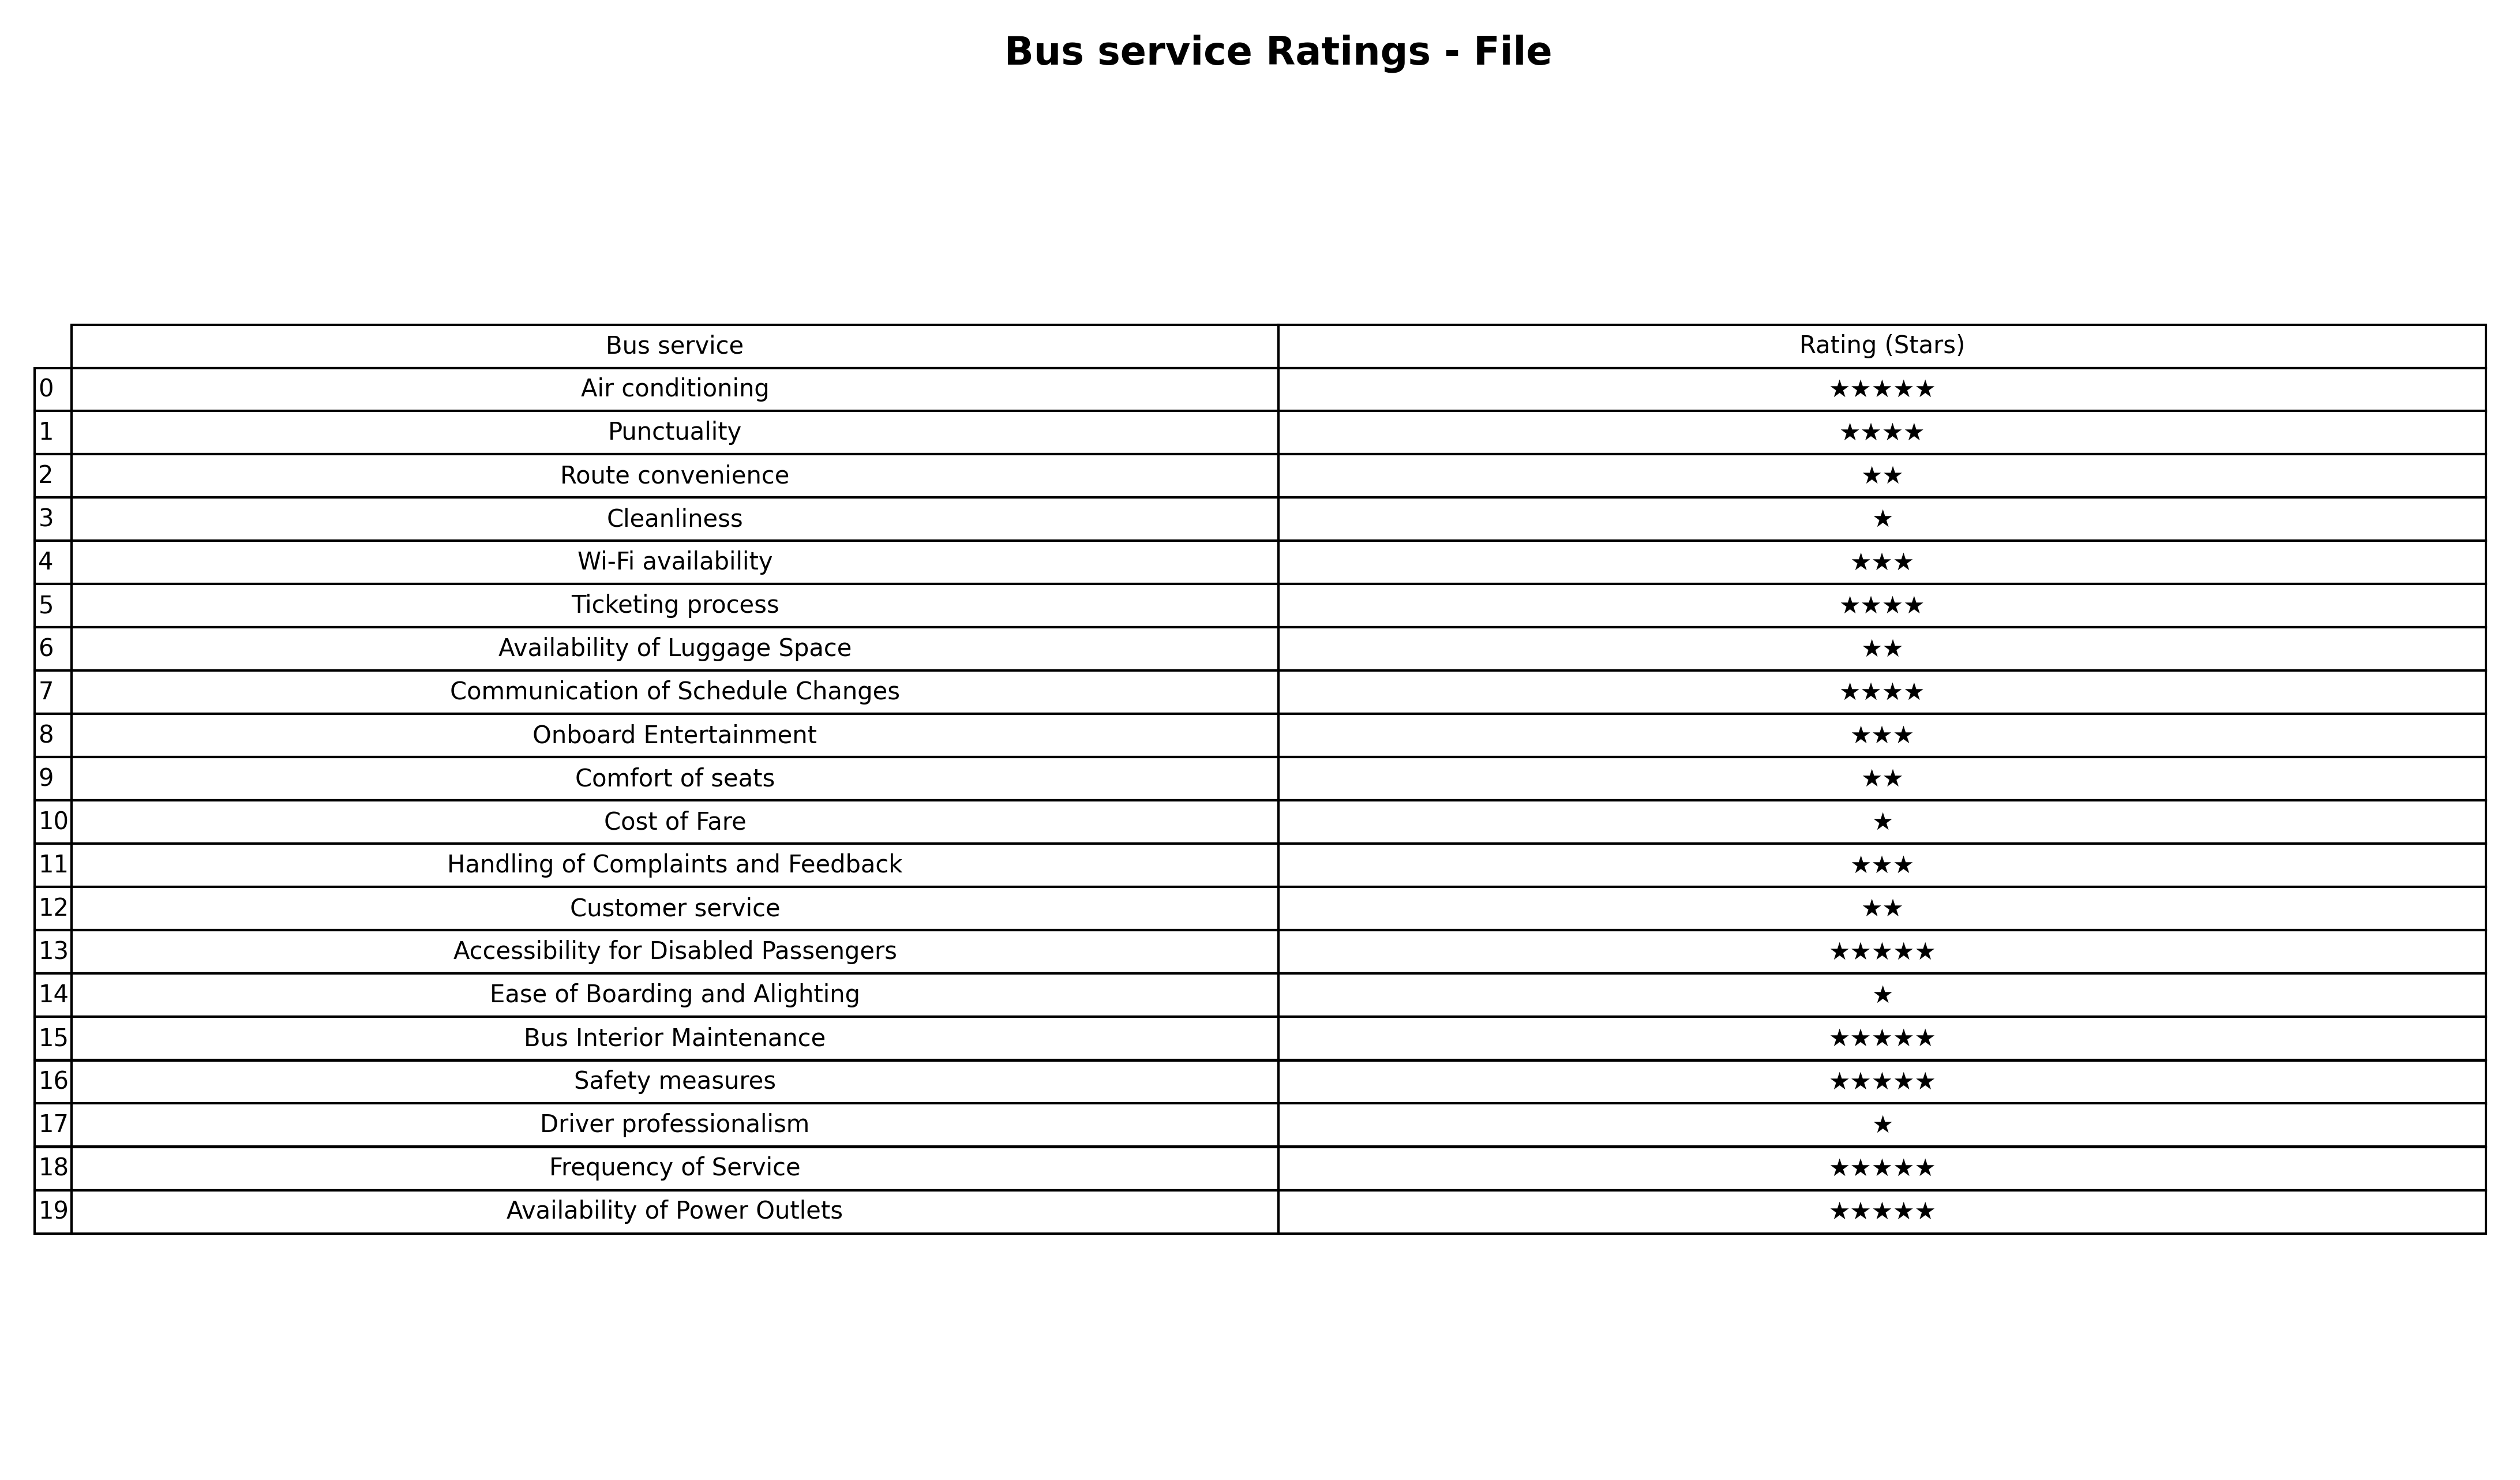
question: What are five star services?
answer: Air conditioningAccessibility for Disabled PassengersBus Interior MaintenanceSafety measuresFrequency of ServiceAvailability of Power Outlets